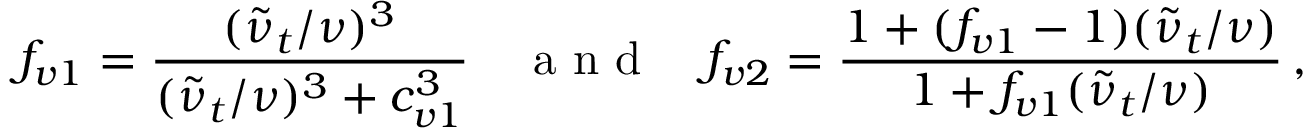
f _ { v 1 } = \frac { ( \tilde { \nu } _ { t } / \nu ) ^ { 3 } } { ( \tilde { \nu } _ { t } / \nu ) ^ { 3 } + c _ { v 1 } ^ { 3 } } \quad \mathrm { ~ a ~ n ~ d ~ } \quad f _ { v 2 } = \frac { 1 + ( f _ { v 1 } - 1 ) ( \tilde { \nu } _ { t } / \nu ) } { 1 + f _ { v 1 } ( \tilde { \nu } _ { t } / \nu ) } \, ,